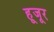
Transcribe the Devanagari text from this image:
हूजूर